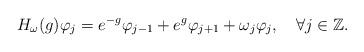
LaTeX: \begin{align*}H_\omega(g) \varphi_j= e^{-g} \varphi_{j-1}+ e^g \varphi_{j+1}+\omega_j \varphi_j, \ \ \ \forall j\in \mathbb Z.\end{align*}